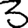
Digit: 3